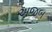
અજબ